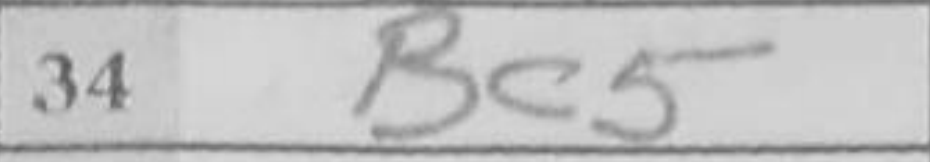
Transcription: Bc5